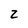
Character: Z